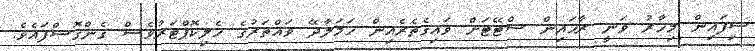
ސިފައިން މިހާރު ވަނީ ރާޚައިން ސްޓޭޓަށް ވައިގެތެރެއިން ހަމަލާދޭ ވައްތަރުގެ ހެލިކޮޕްޓަރުވެސް ގެންގޮސްފައެވެ.